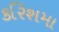
કરિશમા